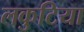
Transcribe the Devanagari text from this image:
लकुटिया